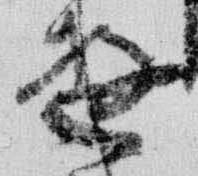
遊